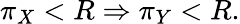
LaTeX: \pi_{X}<R\Rightarrow\pi_{Y}<R.